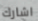
اشارك